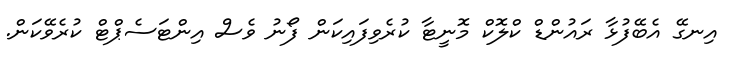
އިނގޭ އެބޭފުޅާ ރައުންޑް ކްލޮކް މޮނީޓާ ކުރެވިފައިކަން ފޯނު ވެސް އިންޓަސެޕްޓް ކުރެވޭކަން.